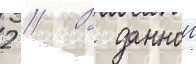
2 // В даннои